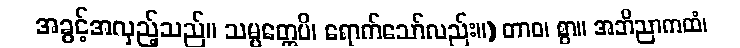
အခွင့်အလှည့်သည်။ သမ္ပတ္တေပိ၊ ရောက်သော်လည်း။) တာဝ၊ စွာ။ အဘိညာကထံ၊